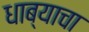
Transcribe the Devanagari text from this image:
धाब्याचा